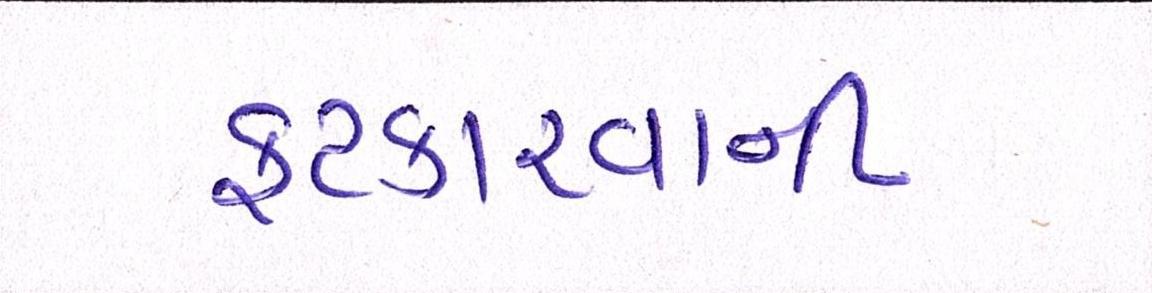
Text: ફટકારવાની